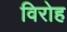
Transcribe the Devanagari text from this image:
विरोह